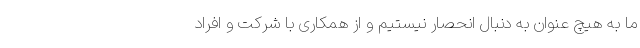
ما به هیچ عنوان به دنبال انحصار نیستیم و از همکاری با شرکت و افراد